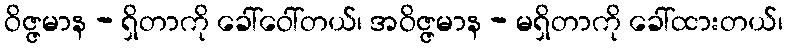
ဝိဇ္ဇမာန - ရှိတာကို ခေါ်ဝေါ်တယ်၊ အဝိဇ္ဇမာန - မရှိတာကို ခေါ်ထားတယ်၊